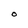
Character: O